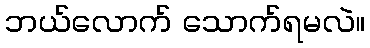
ဘယ်လောက် သောက်ရမလဲ။